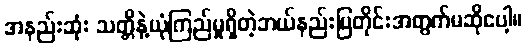
အနည်းဆုံး သတ္တိနဲ့ယုံကြည်မှုရှိတဲ့ဘယ်နည်းပြတိုင်းအတွက်မဆိုပေါ့။